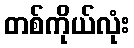
တစ်ကိုယ်လုံး